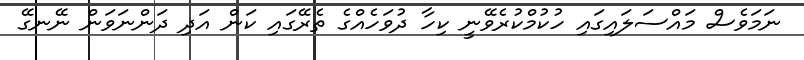
ނަމަވެސް މައްސަލައިގައި ހުކުމްކުރެވޭނީ ކިހާ ދުވަހެއްގެ ތެރޭގައި ކަން އަދި ދަންނަވަން ނޭނގޭ